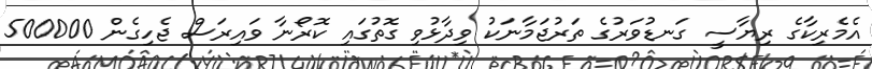
އެމެރިކާގެ ރިޔާސީ ގަނޑުވަރުގެ ތަރުޖަމާނަކު ވިދާޅުވި ގޮތުގައި ކޮރޯނާ ވައިރަސް ޖެހިގެން 500000